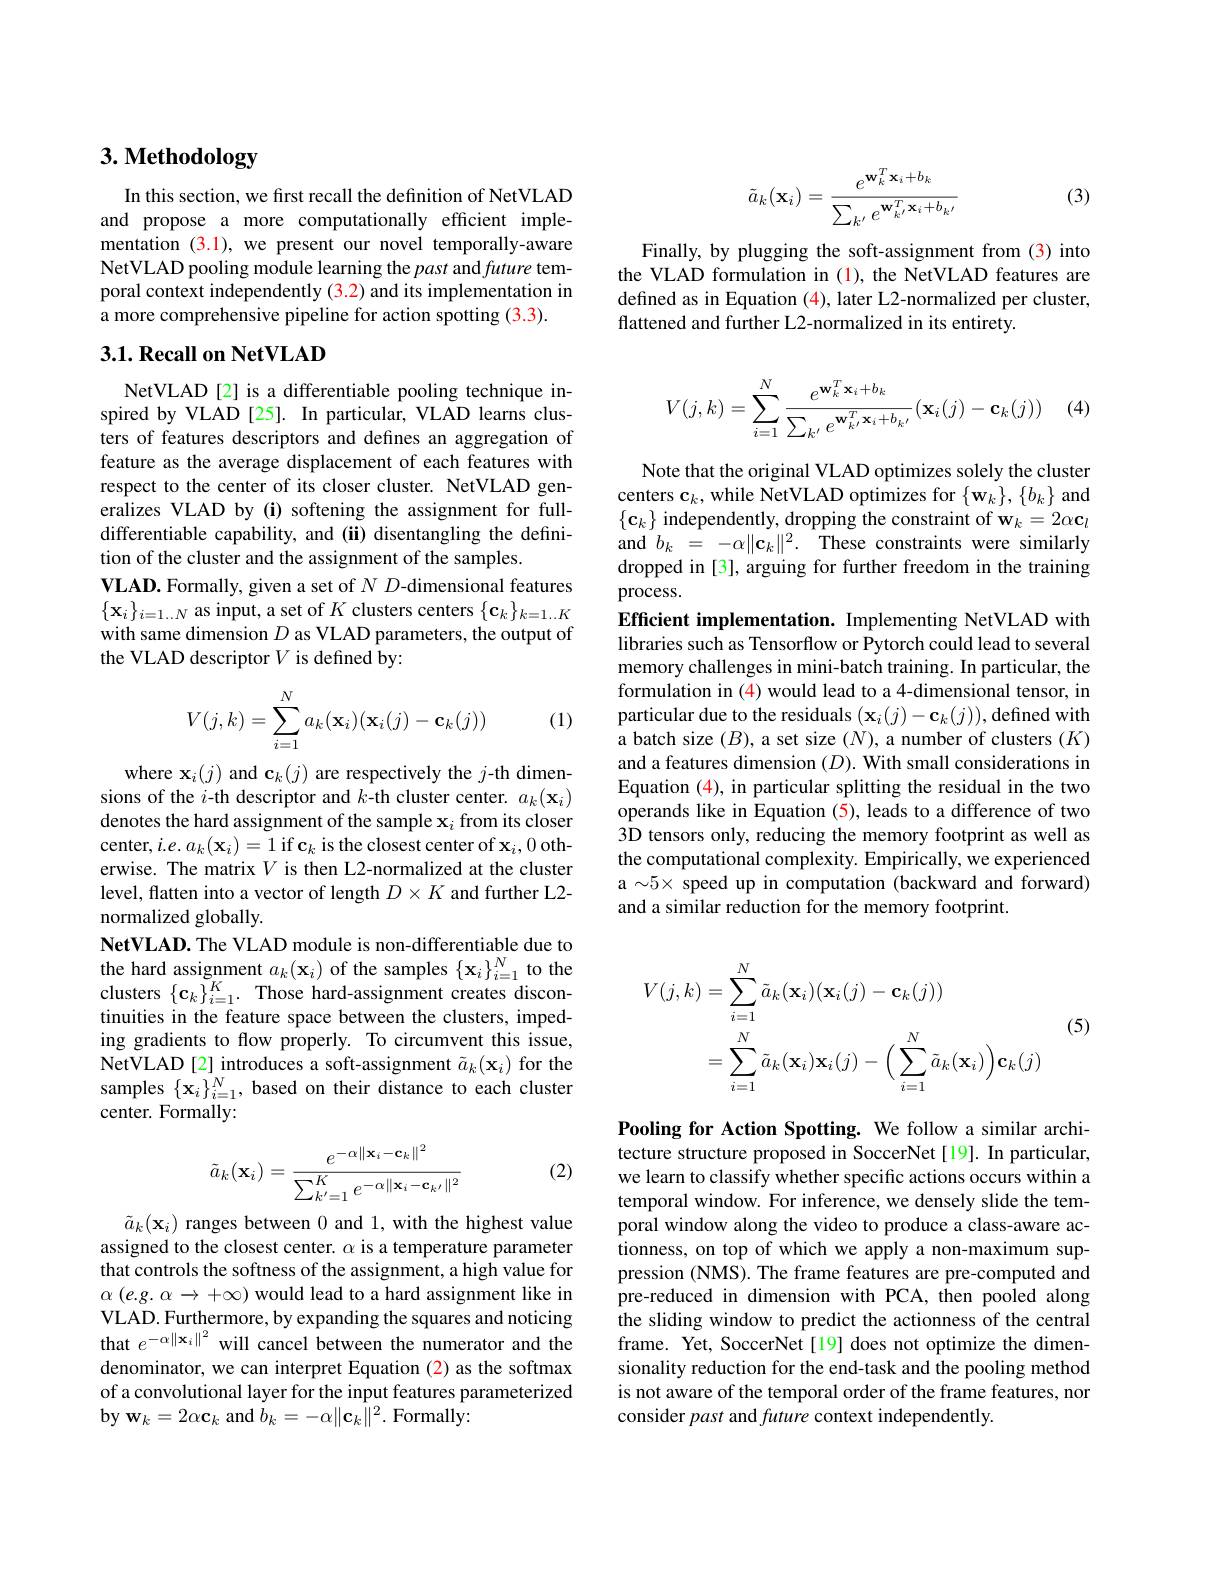
# 3. Methodology

In this section, we first recall the definition of NetVLAD and propose a more computationally efficient implementation $\color{red}{(3.1),\text{we present our novel temporally-aware}}$ NetVLAD pooling module learning the past and future temporal context independently (3.2) and its implementation in a more comprehensive pipeline for action spotting (3.3).

### $3. 1. \textbf{Recall on NetVLAD}$

NetVLAD[2] is a differentiable pooling technique inspired by VLAD [25]. In particular, VLAD learns clusters of features descriptors and defines an aggregation of feature as the average displacement of each features with respect to the center of its closer cluster. NetVLAD generalizes VLAD by (i) softening the assignment for fulldifferentiable capability, and (ii) disentangling the definition of the cluster and the assignment of the samples.
$\textbf{VLAD. Formally, given a set of }ND$-dimensional features $\{\mathbf{x}_i\}_{i=1\ldots N}$ as input, a set of $K$ clusters centers $\{\mathbf{c}_k\}_k=1\ldots K$ with same dimension $D$ as VLAD parameters, the output of the VLAD descriptor $V$ is defined by:
$$V(j,k)=\sum_{i=1}^Na_k(\mathbf{x}_i)(\mathbf{x}_i(j)-\mathbf{c}_k(j))$$
(1)

where $\mathbf{x}_i(j)$ and $\mathbf{c}_k(j)$ are respectively the $j$-th dimensions of the $i$-th descriptor and $k$-th cluster center. $a_k(\mathbf{x}_i)$ denotes the hard assignment of the sample $\mathbf{x}_i$ from its closer center, $i.e.a_k(\mathbf{x}_i)=1$ if c$_k$ is the closest center of $\mathbf{x}_i,0$ otherwise. The matrix $V$ is then L2-normalized at the cluster level, flatten into a vector of length $D\times K$ and further L2- normalized globally.
NetVLAD. The VLAD module is non-differentiable due to the hard assignment $a_k(\mathbf{x}_i)$ of the samples $\{\mathbf{x}_i\}_{i=1}^N$ to the clusters $\{\mathbf{c}_{k}\}_{i=1}^{K}.$ Those hard-assignment creates discontinuities in the feature space between the clusters, impeding gradients to flow properly. To circumvent this issue, NetVLAD[2] introduces a soft-assignment $\tilde{a}_k(\mathbf{x}_i)$ for the samples $\{\mathbf{x}_{i}\}_{i=1}^{N}$, based on their distance to each cluster center. Formally:

(2)
$$\tilde{a}_k(\mathbf{x}_i)=\frac{e^{-\alpha\|\mathbf{x}_i-\mathbf{c}_k\|^2}}{\sum_{k'=1}^Ke^{-\alpha\|\mathbf{x}_i-\mathbf{c}_{k'}\|^2}}$$
$\tilde{a}_k(\mathbf{x}_i)$ ranges between 0 and 1, with the highest value assigned to the closest center. $\alpha$ is a temperature parameter that controls the softness of the assignment, a high value for $\alpha\left(e.g.\:\alpha\to\:+\infty\right)$would lead to a hard assignment like in VLAD. Furthermore, by expanding the squares and noticing that $e^{-\alpha\|\mathbf{x}_i\|^2}$ will cancel between the numerator and the denominator, we can interpret Equation (2) as the softmax of a convolutional layer for the input features parameterized $\mathbf{by}\mathbf{w}_{k}=2\alpha\mathbf{c}_{k}$ and $b_k=-\alpha\|\mathbf{c}_{k}\|^{2}.$ Formally:
$$\tilde{a}_k(\mathbf{x}_i)=\frac{e^{\mathbf{w}_k^T\mathbf{x}_i+b_k}}{\sum_{k'}e^{\mathbf{w}_{k'}^T\mathbf{x}_i+b_{k'}}}$$
(3)

Finally, by plugging the soft-assignment from (3) into the VLAD formulation in (1), the NetVLAD features are defined as in Equation $\color{red}{(4)}$,later L2-normalized per cluster, flattened and further L2-normalized in its entirety.
$$V(j,k)=\sum_{i=1}^N\frac{e^{\mathbf{w}_k^T\mathbf{x}_i+b_k}}{\sum_{k'}e^{\mathbf{w}_{k'}^T\mathbf{x}_i+b_{k'}}}\big(\mathbf{x}_i(j)-\mathbf{c}_k(j)\big)$$
(4)

Note that the original VLAD optimizes solely the cluster centers $\mathbf{c}_k$,while NetVLAD optimizes for $\{\mathbf{w}_k\},\{b_k\}$ and $\{\mathbf{c}_k\}$ independently, dropping the constraint of $\mathbf{w}_k=2\alpha\mathbf{c}_l$ and$b_{k}=-\alpha\|\mathbf{c}_{k}\|^{2}.$These constraints were similarly dropped in [3], arguing for further freedom in the training process.
Efficient implementation. Implementing NetVLAD with libraries such as Tensorflow or Pytorch could lead to several memory challenges in mini-batch training. In particular, the formulation in (4) would lead to a 4-dimensional tensor, in particular due to the residuals $(\mathbf{x}_{i}(j)-\mathbf{c}_{k}(j))$,defined with a batch size $(B)$, a set size $(N)$, a number of clusters $(K)$ and a features dimension $(D).$ With small considerations in Equation (4), in particular splitting the residual in the two operands like in Equation (5), leads to a difference of two 3D tensors only, reducing the memory footprint as well as the computational complexity. Empirically, we experienced a $\sim5\times$ speed up in computation (backward and forward) and a similar reduction for the memory footprint.
$$\begin{aligned}V(j,k)&=\sum_{i=1}^{N}\tilde{a}_{k}(\mathbf{x}_{i})(\mathbf{x}_{i}(j)-\mathbf{c}_{k}(j))\\&=\sum_{i=1}^N\tilde{a}_k(\mathbf{x}_i)\mathbf{x}_i(j)-\Big(\sum_{i=1}^N\tilde{a}_k(\mathbf{x}_i)\Big)\mathbf{c}_k(j)\end{aligned}$$
(5)

Pooling for Action Spotting. We follow a similar architecture structure proposed in SoccerNet[19]. In particular, we learn to classify whether specific actions occurs within a temporal window. For inference, we densely slide the temporal window along the video to produce a class-aware actionness,on top of which we apply a non-maximum suppression (NMS). The frame features are pre-computed and pre-reduced in dimension with PCA, then pooled along the sliding window to predict the actionness of the central frame. Yet, SoccerNet[19] does not optimize the dimensionality reduction for the end-task and the pooling method is not aware of the temporal order of the frame features, nor consider past and future context independently.